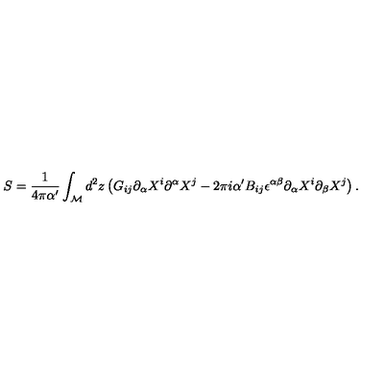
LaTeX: S = \frac { 1 } { 4 \pi \alpha ^ { \prime } } \int _ { \cal M } d ^ { 2 } z \left( G _ { i j } \partial _ { \alpha } X ^ { i } \partial ^ { \alpha } X ^ { j } - 2 \pi i \alpha ^ { \prime } B _ { i j } \epsilon ^ { \alpha \beta } \partial _ { \alpha } X ^ { i } \partial _ { \beta } X ^ { j } \right) .